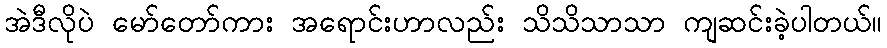
အဲဒီလိုပဲ မော်တော်ကား အရောင်းဟာလည်း သိသိသာသာ ကျဆင်းခဲ့ပါတယ်။